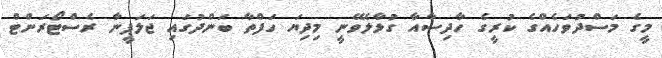
މީގެ މަސްދުވަހެއްގެ ކުރީގެ ހާދިސާއާ ގުޅާލެވޭނީ މިދިޔަ ހަފްތާ ބަންދުގައި ޖަލަޕީނާ ރެސްޓޯރަންޓް